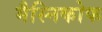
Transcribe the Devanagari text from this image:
मैस्निकोफ